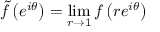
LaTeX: { \tilde { f } } \left( e ^ { i \theta } \right) = \operatorname* { l i m } _ { r \to 1 } f \left( r e ^ { i \theta } \right)